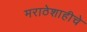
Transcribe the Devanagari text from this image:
मराठेशाहीचे